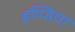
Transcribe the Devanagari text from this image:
हण्डिया